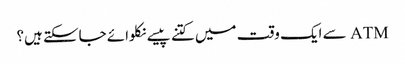
ATM سے ایک وقت میں کتنے پیسے نکلوائے جاسکتے ہیں؟